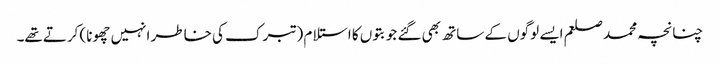
چنانچہ محمد صلعم ایسے لوگوں کے ساتھ بھی گئے جو بتوں کا استلام (تبرک کی خاطر انہیں چھونا) کرتےتھے۔